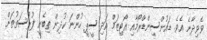
ވެވިދާނެ އެވެ. ޑައުންސިންޑްރޯމާއި އޯޓިޒަމް އަދި ސީޕީ ހުންނަ ކުދިން ތިބެނީ ފުރުސަތުތަށް